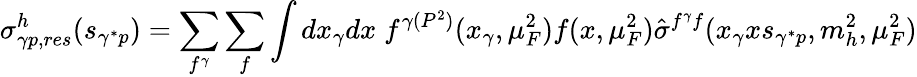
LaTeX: \sigma_{\gamma p,res}^{h}(s_{\gamma^{*}p})=\sum_{f^{\gamma}}\sum_{f}\int dx_{\gamma}dx\; f^{\gamma(P^{2})}(x_{\gamma},\mu_{F}^{2})f(x,\mu_{F}^{2})\hat{\sigma}^{f^{\gamma}f}(x_{\gamma}xs_{\gamma^{*}p},m_{h}^{2},\mu_{F}^{2})